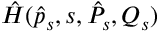
\hat { H } ( \hat { p } _ { s } , s , \hat { P } _ { s } , Q _ { s } )